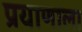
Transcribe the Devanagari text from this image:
प्रयाणाला